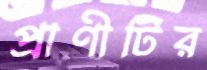
প্রাণীটির